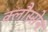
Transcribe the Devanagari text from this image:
क्लौस्सेन